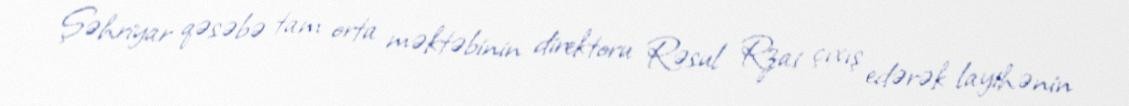
Şəhriyar qəsəbə tam orta məktəbinin direktoru Rəsul Rzai çıxış edərək layihənin